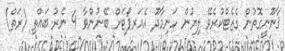
ޤާނޫނީގޮތުން ގެޒެޓްކުރެވޭ ލިޔުން ހަނިމާދޫ އެއަރޕޯޓަށް ބޭނުންވާ 4 ނެރު ބައްތި (ރަތް)